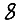
Digit: 8